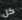
كل